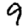
Digit: 9